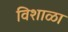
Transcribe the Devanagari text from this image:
विशाळा